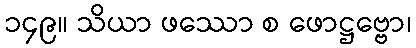
၁၄၉။ သိယာ ဖဿော စ ဖောဋ္ဌဗ္ဗော၊